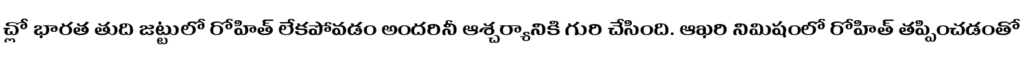
చ్లో భారత తుది జట్టులో రోహిత్ లేకపోవడం అందరినీ ఆశ్చర్యానికి గురి చేసింది. ఆఖరి నిమిషంలో రోహిత్ తప్పించడంతో